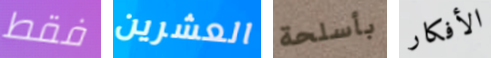
فقط العشرين بأسلحة الأفكار